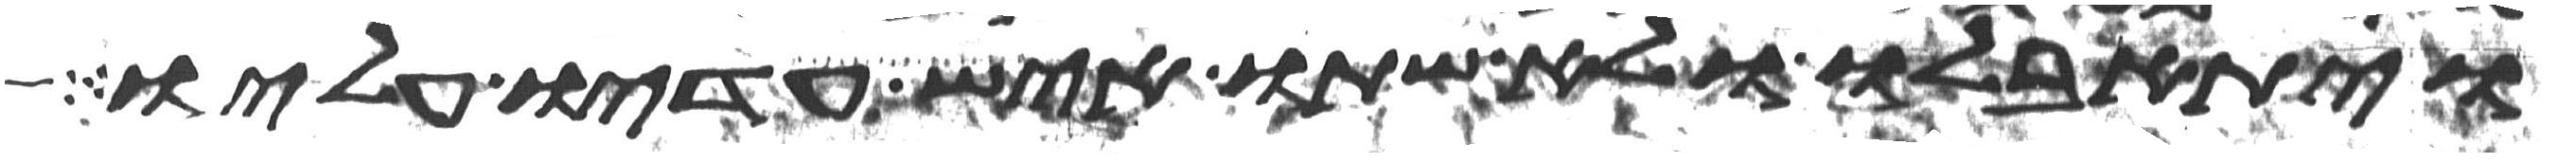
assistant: ויתאבלו ולא שתו איש עדיו עליו